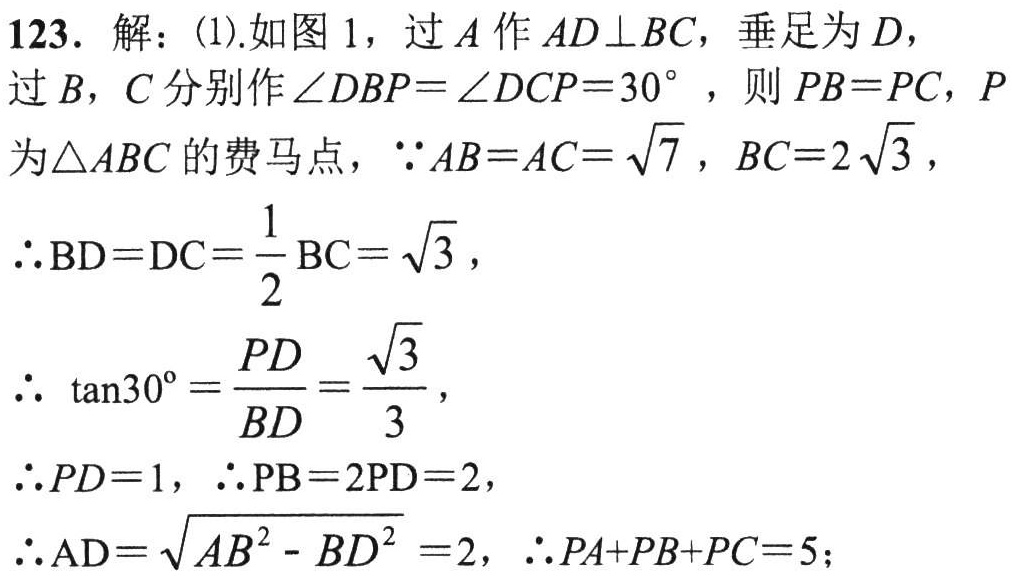
123. 解：(1).如图 1，过 \(A\) 作 \(AD\perp BC\)，垂足为 \(D\)，
过 \(B\)，\(C\) 分别作\(\angle DBP = \angle DCP = 30^{\circ}\)，则 \(PB = PC\)，\(P\)
为\(\triangle ABC\)的费马点，\(\because AB = AC=\sqrt{7}\)，\(BC = 2\sqrt{3}\)，
\(\therefore BD = DC=\frac{1}{2}BC=\sqrt{3}\)，
\(\therefore\ \tan30^{\circ}=\frac{PD}{BD}=\frac{\sqrt{3}}{3}\)，
\(\therefore PD = 1\)，\(\therefore PB = 2PD = 2\)，
\(\therefore AD=\sqrt{AB^{2}-BD^{2}} = 2\)，\(\therefore PA + PB + PC = 5\)；